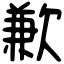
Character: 歉